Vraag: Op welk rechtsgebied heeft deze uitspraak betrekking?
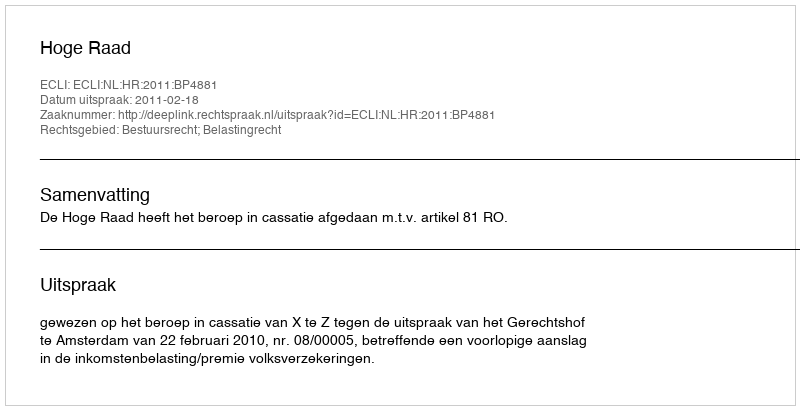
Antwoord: Bestuursrecht; Belastingrecht